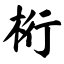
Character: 桁